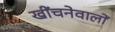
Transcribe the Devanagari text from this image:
खींचनेवालों